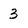
Character: 3